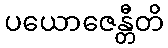
ပယောဇေန္တီတိ